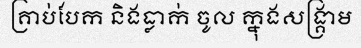
គ្រាប់បែក និងធ្លាក់ ចូល ក្នុងសង្គ្រាម